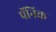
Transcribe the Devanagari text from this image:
पॅनिक